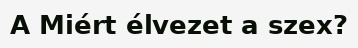
A Miért élvezet a szex?